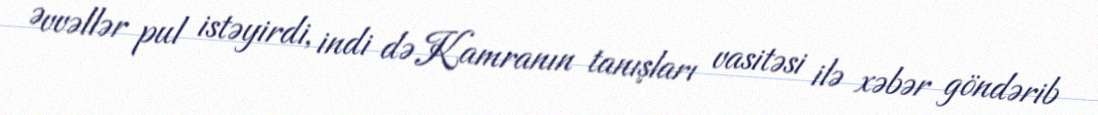
Əvvəllər pul istəyirdi, indi də Kamranın tanışları vasitəsi ilə xəbər göndərib